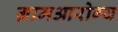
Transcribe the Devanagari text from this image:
ग्रामआरोग्य